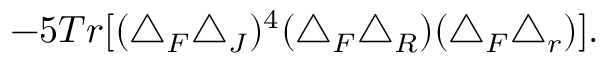
- 5 T r [ ( \triangle _ { F } \triangle _ { J } ) ^ { 4 } ( \triangle _ { F } \triangle _ { R } ) ( \triangle _ { F } \triangle _ { r } ) ] .